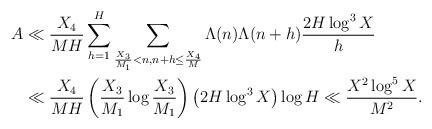
LaTeX: \begin{align*}A &\ll \frac{X_4}{MH} \sum_{h=1}^H \sum_{\frac{X_3}{M_1} < n, n+h \leq \frac{X_4}{M}} \Lambda(n) \Lambda(n+h) \frac{2H \log^3 X}{h} \\&\ll \frac{X_4}{MH} \left( \frac{X_3}{M_1} \log \frac{X_3}{M_1} \right) \left( 2H \log^3 X \right) \log H \ll \frac{X^2 \log^5 X }{M^2}.\end{align*}